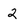
Character: 2